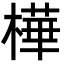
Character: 樺